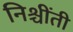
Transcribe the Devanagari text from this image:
निश्चींती